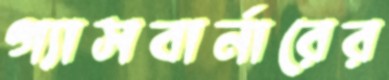
গ্যাসবার্নারের